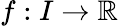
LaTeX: f:I\to\mathbb{R}